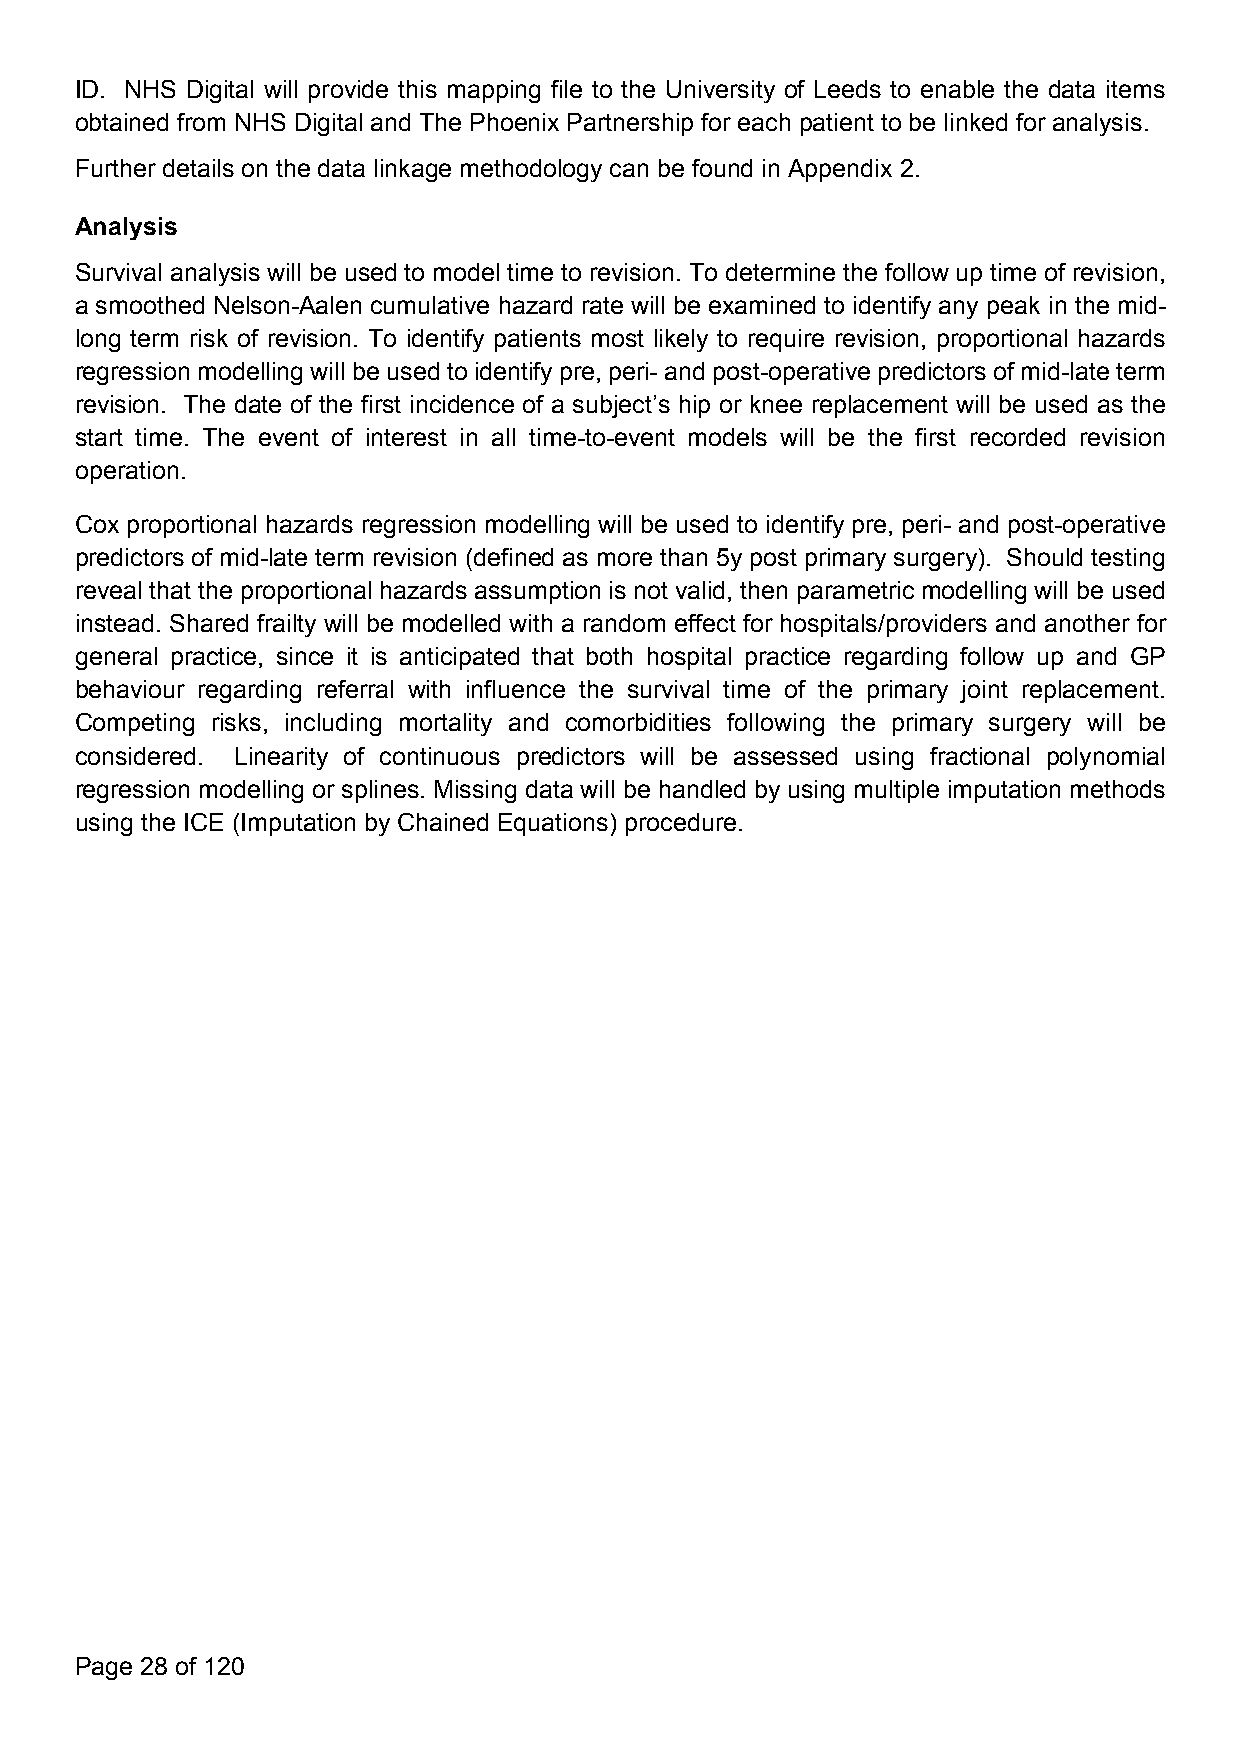
ID. NHS Digital will provide this mapping file to the University of Leeds to enable the data items
 obtained from NHS Digital and The Phoenix Partnership for each patient to be linked for analysis.
 Further details on the data linkage methodology can be found in Appendix 2.
 Analysis
 Survival analysis will be used to model time to revision. To determine the follow up time of revision,
 a smoothed Nelson-Aalen cumulative hazard rate will be examined to identify any peak in the mid-
 long term risk of revision. To identify patients most likely to require revision, proportional hazards
 regression modellingwillbe used to identifypre, peri-andpost-operative predictorsof mid-late term
 revision. The date of the first incidence of a subject’s hip or knee replacement will be used as the
 start time. The event of interest in all time-to-event models will be the first recorded revision
 operation.
 Cox proportional hazards regression modelling will be used to identify pre, peri- and post-operative
 predictors of mid-late term revision (defined as more than 5y post primary surgery). Should testing
 reveal that the proportional hazards assumption is not valid, then parametric modelling will be used
 instead. Shared frailty will be modelled with a random effect for hospitals/providers and another for
 general practice, since it is anticipated that both hospital practice regarding follow up and GP
 behaviour regarding referral with influence the survival time of the primary joint replacement.
 Competing risks, including mortality and comorbidities following the primary surgery will be
 considered. Linearity of continuous predictors will be assessed using fractional polynomial
 regression modelling or splines. Missing data will be handled by using multiple imputation methods
 using the ICE (Imputation by Chained Equations) procedure.
 Page 28 of 120